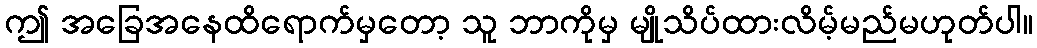
ဤ အခြေအနေထိရောက်မှတော့ သူ ဘာကိုမှ မျိုသိပ်ထားလိမ့်မည်မဟုတ်ပါ။